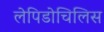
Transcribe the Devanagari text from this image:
लेपिडोचिलिस